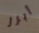
أبرز